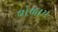
ઘોળાય